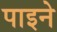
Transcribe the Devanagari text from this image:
पाइने